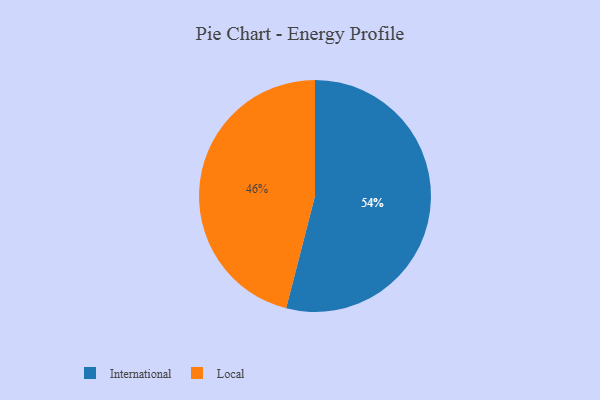
{"axis": {"x": "Category", "y": "Percentage"}, "legend": ["International", "Local"], "data": [{"x": "International", "y": 54, "type": "International"}, {"x": "Local", "y": 46, "type": "Local"}]}